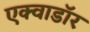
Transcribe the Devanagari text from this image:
एक्वाडॉर